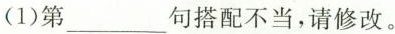
(1)第___句搭配不当，请修改。